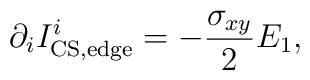
\partial_i I^i_{\rm CS,edge}=-{\sigma_{xy}\over 2}E_1,